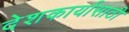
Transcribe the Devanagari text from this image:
देशकार्यासाठी